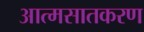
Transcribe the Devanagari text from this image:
आत्मसातकरण